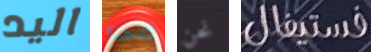
اليد فى نحن فستيفال